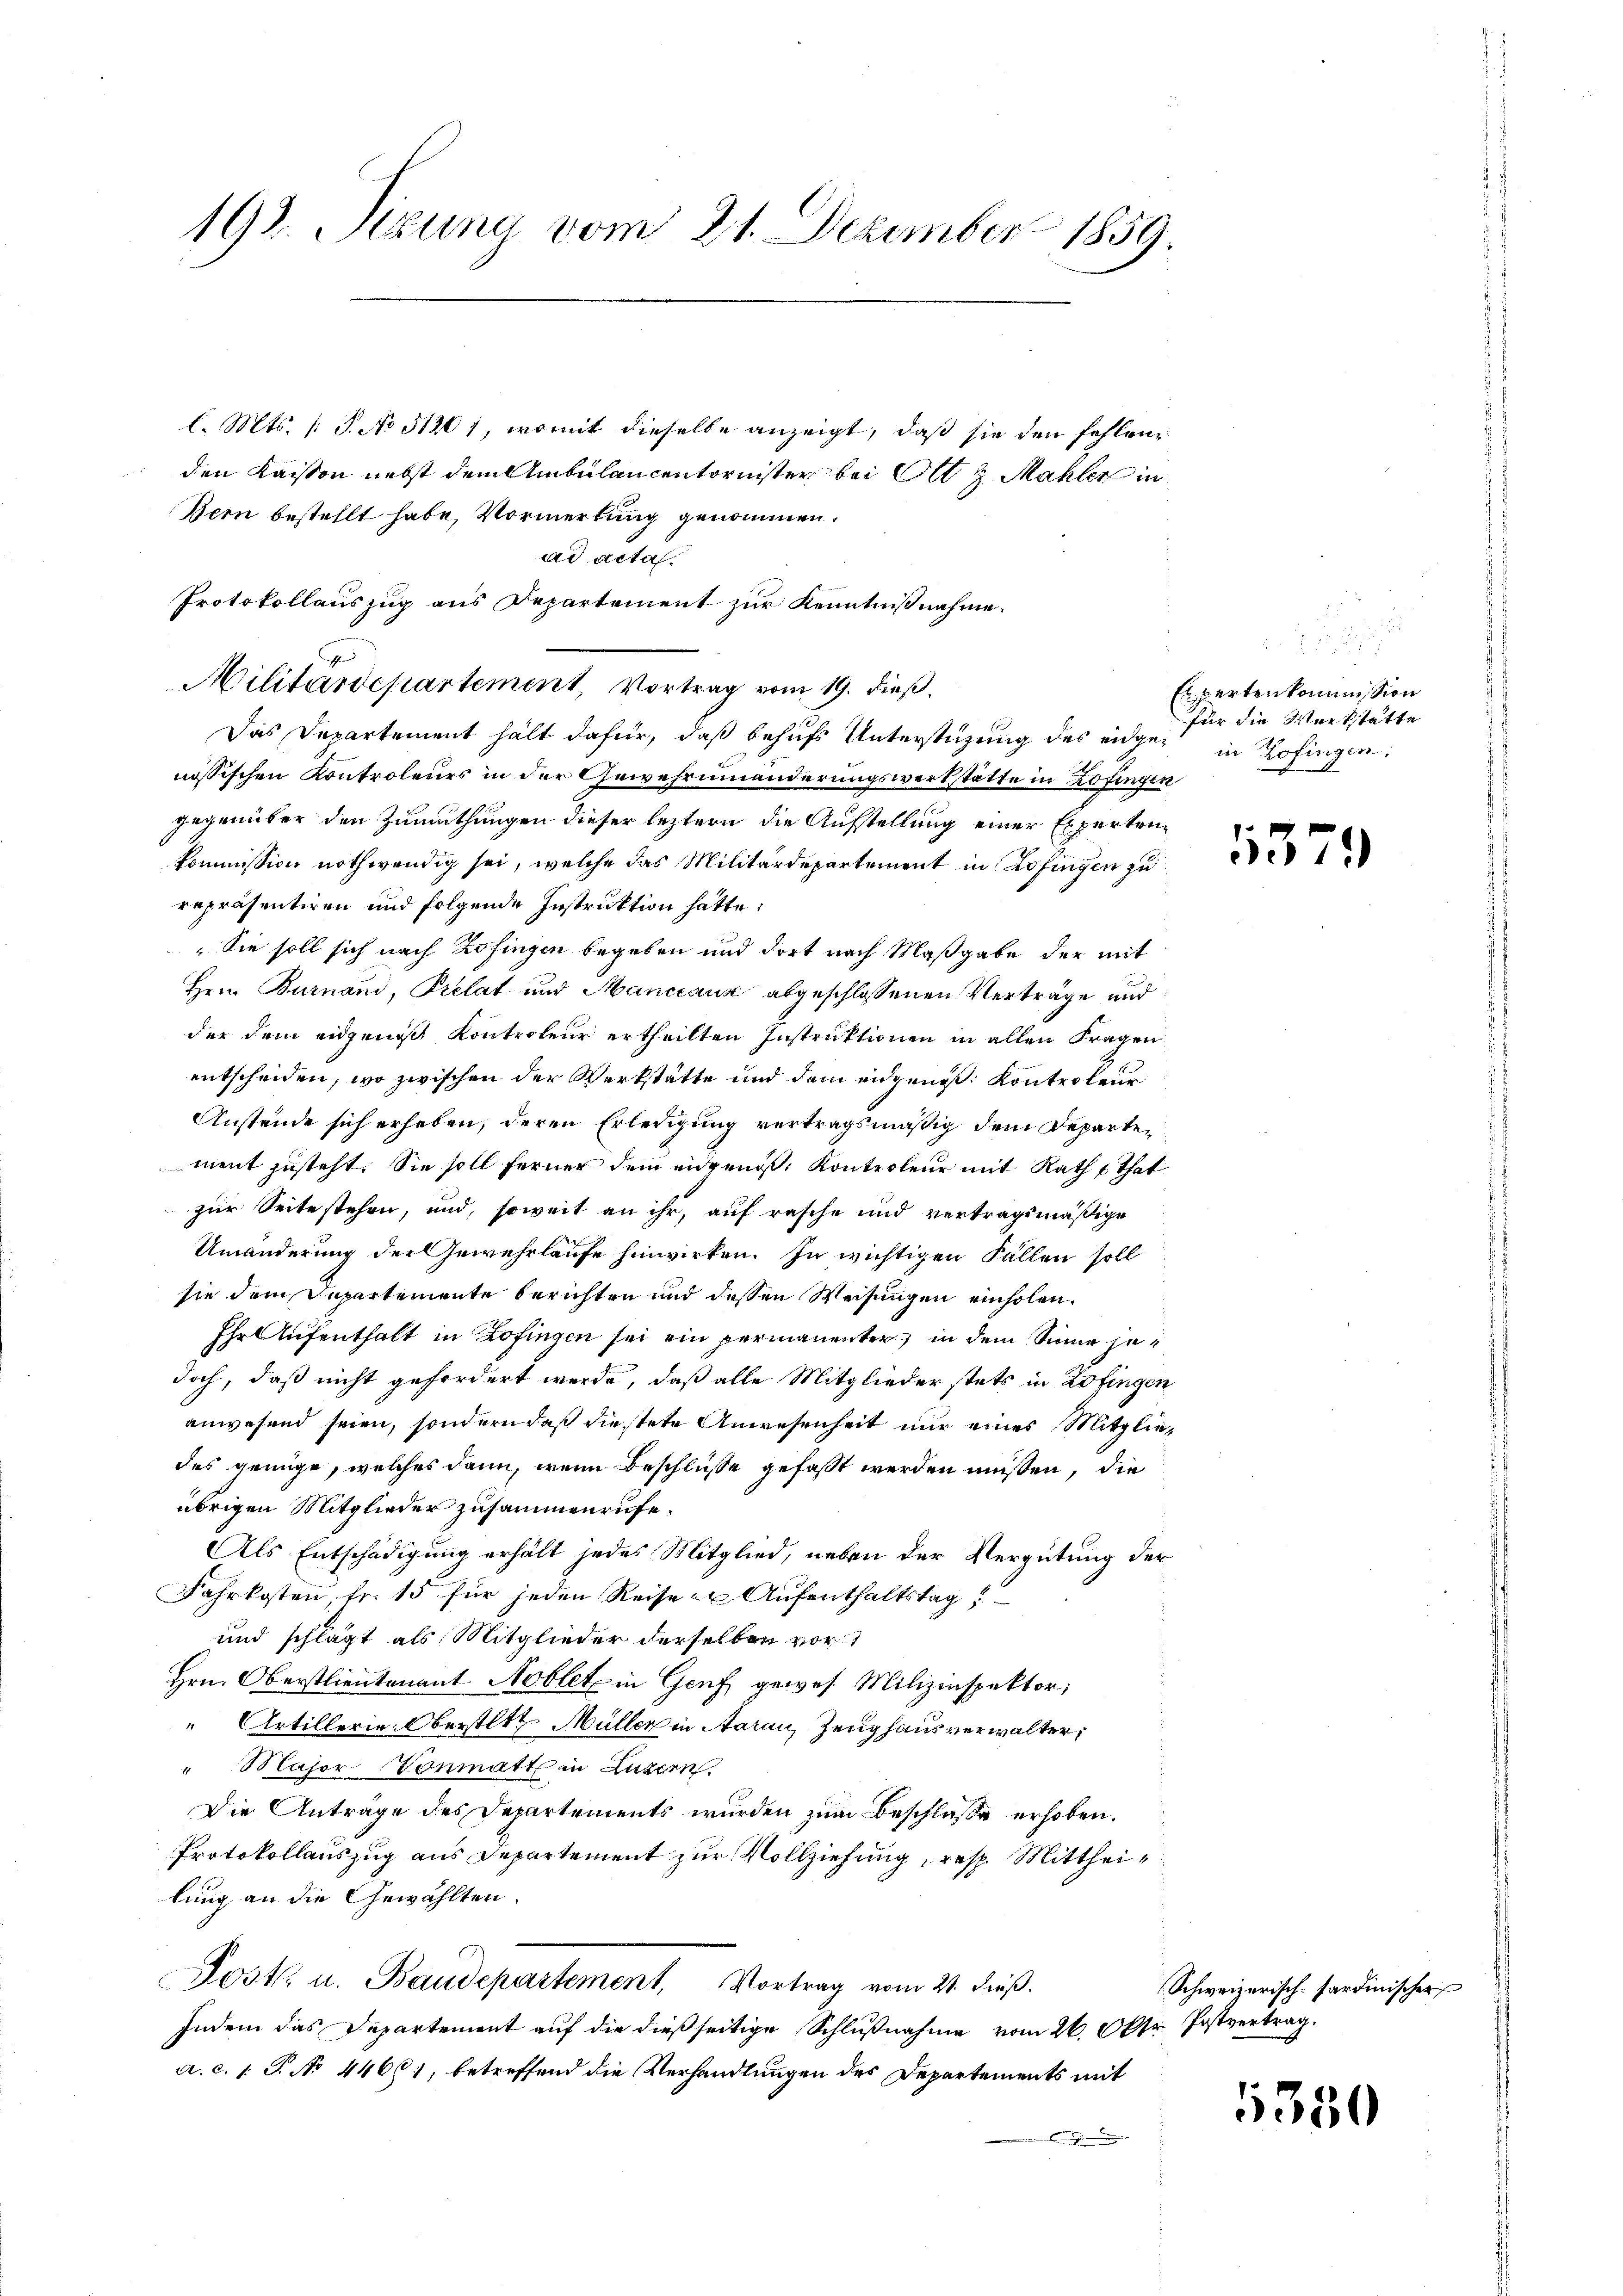
192. Stzung vom 21. Dezember 1859.

l. Mts. (T. No 5120), womit dieselbe anzeigt, daß sie den fehlene
den Kaison nebst dem Ambulancentornister bei Ott & Mahler in
Bern bestellt habe, Vormerkung genommen.
Das Departement hält dafür, daß behufs Unterstüzung des eidge in Zofingen:
nössischen Kontroleurs in der Gewehrninanderungswerkstätte in Zofingen
gegenüber den Zumuthungen dieser leztern die Aufstellung einer Experten¬
Kommission nothwendig sei, welche das Militärdepartement in Zofingen zu
repräsentiren und folgende Instruktion hätte:
Sie soll sich nach Zofingen begeben und dort nach Maßgabe der mit
Hrn. Burnand, Prelat und Manccaus abgeschlossenen Verträge und
der dem eidgenos Kontroleur ertheilten Instruktionen in allen Fragen
entscheiden, wo zwischen der Werkstätte und dem eidgenöß: Kontroleur
Anstende sich erheben, deren Erledigung vertragsmäßig dem Departement zusteht. Sie soll ferner dem engenoß, Kontroleur mit Rath that
zur Seite stehen, und, soweit an ihr, auf rasche und vertragsmäßige
Umänderung der Gewehrlaufe hinwirken. In wichtigen Fällen soll
sie dem Departemente berichten und dessen Weisungen einholen.
Ihr Aufenthalt in Zofingen sei ein permanenter in dem Sinne jedoch, daß nicht gefordert werde, daß alle Mitglieder stets in Zofingen
anwesend seien, sondern daß diestete Anwesenheit nur eines Mitgliedes genüge, welches dann, wenn Beschlüsse gefasst werden müssen, die
übrigen Mitglieder zusammenrufe.
Als Entschädigung erhält jedes Mitglied, neben der Vergütung der
Fahrkosten fr. 15 für jeden Reise er Aufenthaltstag!!
und schlägt als Mitglieder derselben vor
Hrn. Oberstlieutenant Hoblet in Genf, gewes Milizinspektor;
“ Artillerie-Oberstatt. Müller in Aarau, Zeughaus verwalter,
" Major-Vonmatt in Luzern.
Die Anträge des Departements wurden zum Beschlasse erhoben.
Protokollauszug aus Departement zur Vollziehung, resp. Mittheilung an die Gewählten.
Post. u. Baudepartement. Vortrag vom 21. dieβ.
Indem das Departement auf die dießseitige Schlußnahme vom 26. Okt. Postvertrag.
a. c. 1. J. No 4466), betreffend die Verhandlungen des Departements mit

ad acta.
Protokollauszug aus Departement zur Kenntnißnahme.
Militärdepartement, Vortrag vom 19. dieß.

1

Expertenkommission
für die Werkstätte

1579

Schweizerisch-sardinischer

5350